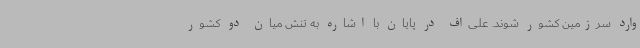
وارد سرزمین کشور شوند. علی‌اف در پایان با اشاره به تنش میان دو کشور